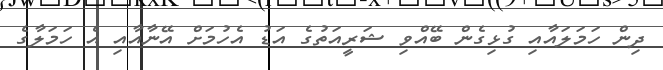
ދިން ހަމަލައާއި ގުޅިގެން ބޭއްވި ޝަރީއަތުގެ އަޑު އެހުމަށް އޭނާއާއި އެ ހަމަލާގެ